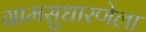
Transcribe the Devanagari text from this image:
ग्रामसुधारणेला